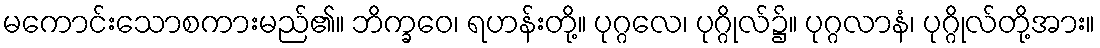
မကောင်းသောစကားမည်၏။ ဘိက္ခဝေ၊ ရဟန်းတို့။ ပုဂ္ဂလေ၊ ပုဂ္ဂိုလ်၌။ ပုဂ္ဂလာနံ၊ ပုဂ္ဂိုလ်တို့အား။